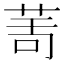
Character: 𦯗